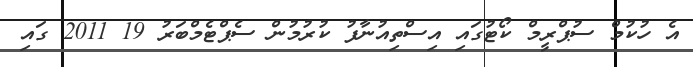
އެ ހުކުމް ސުޕްރީމް ކޯޓުގައި އިސްތިއުނާފު ކުރުމުން ސެޕްޓެމްބަރު 19 2011 ގައި